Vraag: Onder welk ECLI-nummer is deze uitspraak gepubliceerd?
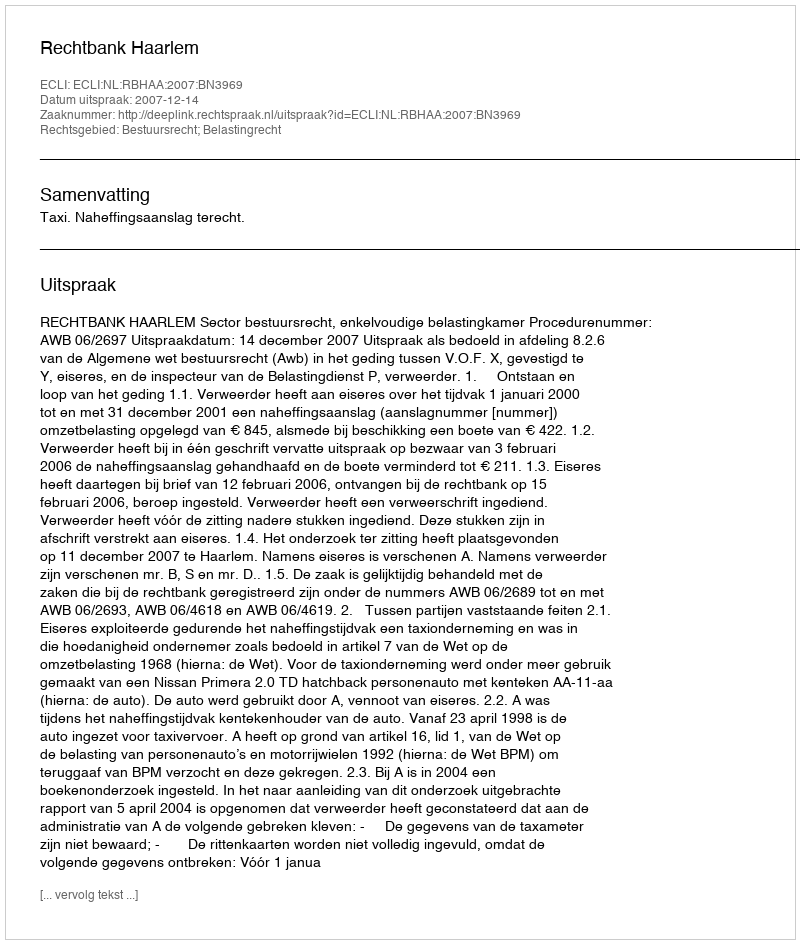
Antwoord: ECLI:NL:RBHAA:2007:BN3969